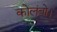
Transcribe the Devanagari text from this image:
कोलंबो।